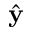
\hat { \mathbf y }